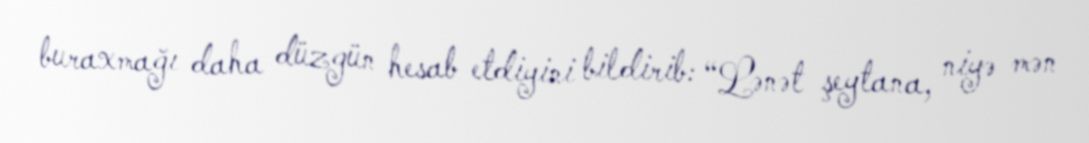
buraxmağı daha düzgün hesab etdiyini bildirib: “Lənət şeytana, niyə mən